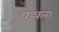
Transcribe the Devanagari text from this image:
धड़कन।